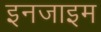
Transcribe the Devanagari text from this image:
इनजाइम